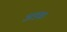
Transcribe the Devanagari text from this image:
अडक